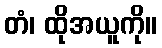
တံ၊ ထိုအယူကို။